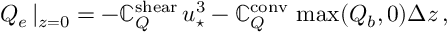
Q _ { e } \, | _ { z = 0 } = - \mathbb { C } _ { Q } ^ { \mathrm { { s h e a r } } } \, u _ { \star } ^ { 3 } - \mathbb { C } _ { Q } ^ { \mathrm { { c o n v } } } \, \operatorname* { m a x } ( Q _ { b } , 0 ) \Delta z \, ,